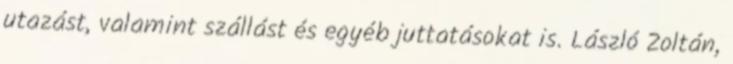
utazást, valamint szállást és egyéb juttatásokat is. László Zoltán,